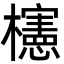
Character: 櫶